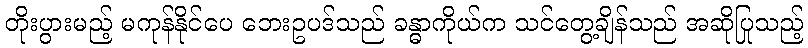
တိုးပွားမည့် မကုန်နိုင်ပေ ဘေးဥပဒ်သည် ခန္ဓာကိုယ်က သင်တွေ့ချိန်သည် အဆိုပြုသည့်